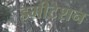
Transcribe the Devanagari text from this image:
इमीटेशन